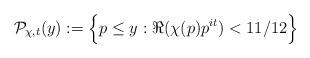
LaTeX: \begin{align*}\mathcal{P}_{\chi,t}(y):= \Big\{ p \leq y: \Re (\chi(p) p^{it}) < 11/12 \Big\}\end{align*}